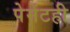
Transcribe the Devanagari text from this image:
पेमेंटही